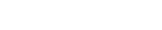
٤